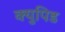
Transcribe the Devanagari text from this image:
क्युपिड